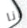
أنا